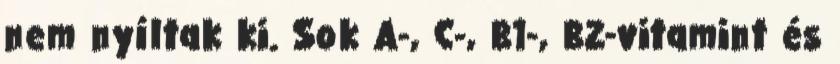
nem nyíltak ki. Sok A-, C-, B1-, B2-vitamint és